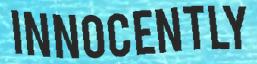
INNOCENTLY